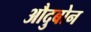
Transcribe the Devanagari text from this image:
औदुबोन